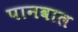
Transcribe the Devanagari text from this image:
पानवाल